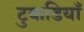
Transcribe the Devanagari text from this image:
टुकडियाँ